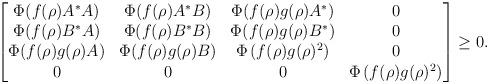
LaTeX: \begin{align*} \begin{bmatrix} \Phi(f(\rho) A^*A) & \Phi(f(\rho) A^*B) & \Phi(f(\rho) g(\rho) A^*) &0 \\ \Phi(f(\rho) B^*A) &\Phi(f(\rho) B^*B)& \Phi(f(\rho) g(\rho) B^*) &0 \\ \Phi(f(\rho)g(\rho) A)& \Phi(f(\rho) g(\rho) B) & \Phi\left(f(\rho) g(\rho)^2\right)&0 \\ 0 & 0 & 0 & \Phi\left(f(\rho) g(\rho)^2\right)\end{bmatrix} \geq 0. \end{align*}